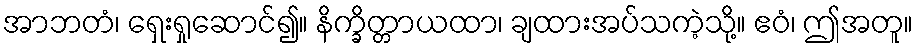
အာဘတံ၊ ရှေးရှုဆောင်၍။ နိက္ခိတ္တာယထာ၊ ချထားအပ်သကဲ့သို့။ ဧဝံ၊ ဤအတူ။